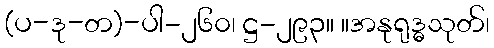
(ပ-ဒု-တ)-ပါ-၂၆၀၊ ဋ္ဌ-၂၉၃။ ။အနုရုဒ္ဓသုတ်၊